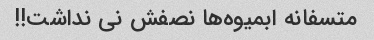
متسفانه ابمیوه‌ها نصفش نی نداشت!!